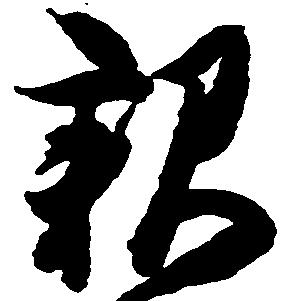
親